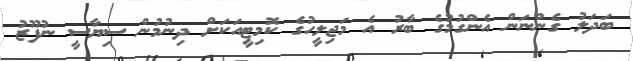
ބަދަލު ގެންނަން އެންގުމުގެ ބާރު އެ މަޖިލީހުގެ ކޮމިޓީއަކަށް ދިނުމުން ސިޔާސީ ނުފޫޒު